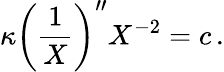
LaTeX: \kappa\left(\frac{1}{X}\right)^{\prime\prime}X^{-2}=c\, .